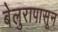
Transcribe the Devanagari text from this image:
बेलुरापासून